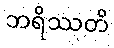
ဘရိဿတိ